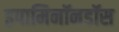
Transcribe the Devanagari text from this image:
इपामिनॉनडॉस